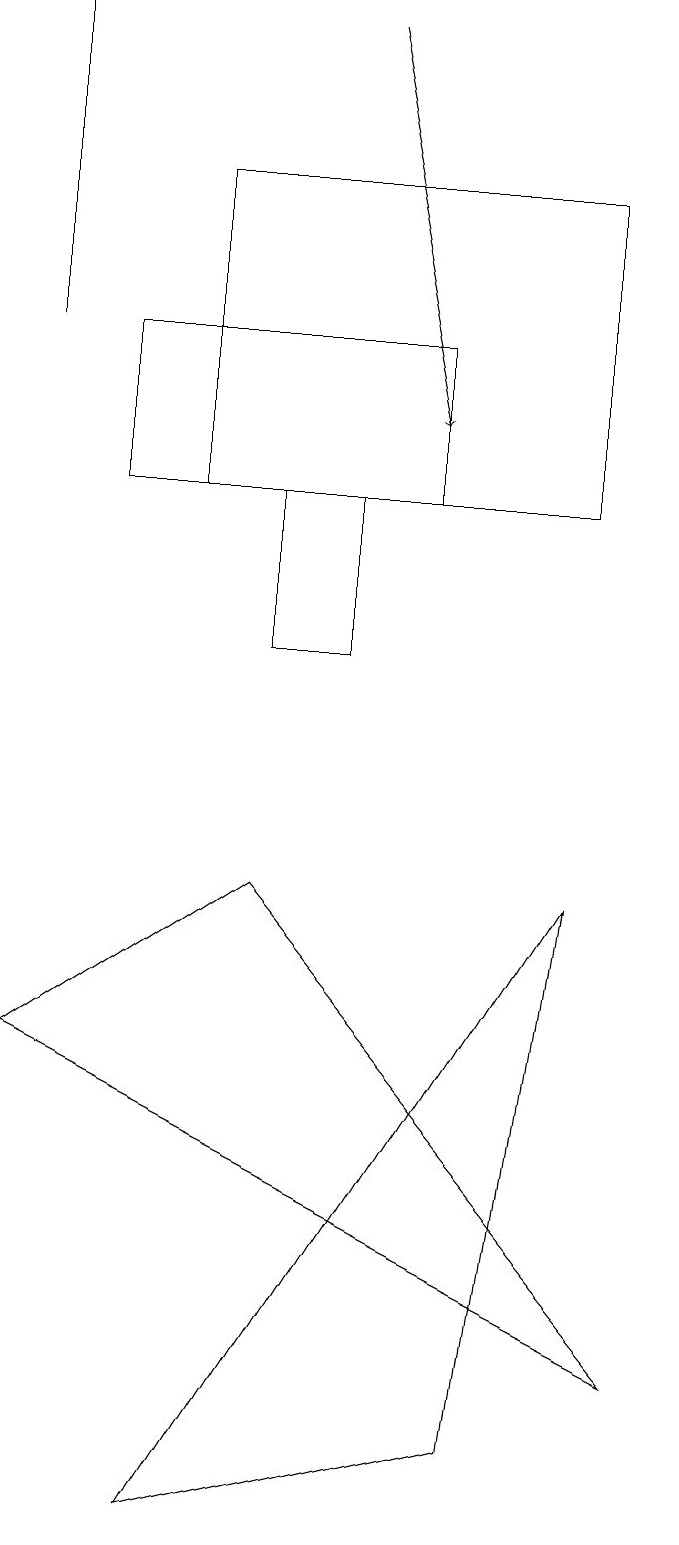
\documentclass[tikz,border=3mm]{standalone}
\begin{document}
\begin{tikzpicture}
\draw (0,19) rectangle (0,15);
\draw (1,15) rectangle (5,13);
\draw (7,13) rectangle (2,17);
\draw[->] (4,19) -- (5,14);
\draw (2,0) -- (7,8) -- (6,1) -- cycle;
\draw (8,2) -- (0,6) -- (3,8) -- cycle;
\draw (3,13) rectangle (4,11);
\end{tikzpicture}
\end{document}